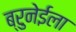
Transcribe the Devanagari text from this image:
ब्रुनेईला